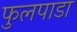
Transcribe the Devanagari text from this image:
फुलपाडा